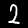
Label: 2